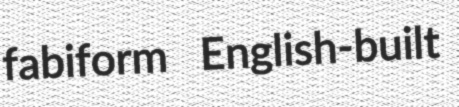
fabiform English-built